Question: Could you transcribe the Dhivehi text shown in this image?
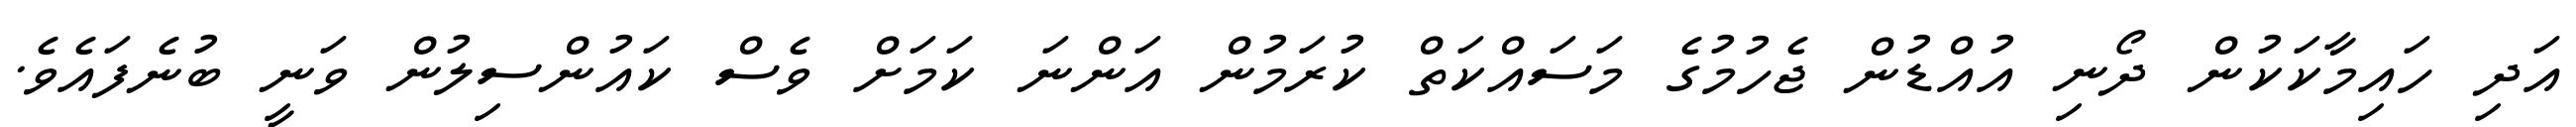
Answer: އަދި ހައިމާކަކުން ދޯނި އުއްޑުން ޖެހުމުގެ މަސައްކަތް ކުރަމުން އަންނަ ކަމަށް ވެސް ކައުންސިލުން ވަނީ ބުނެފައެވެ.